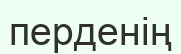
перденің